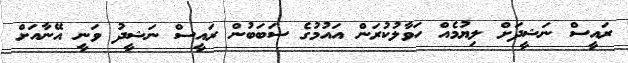
ރައީސް ނަޝީދަށް ލިޔުމެއް ހަވާލުކުރަން އައުމުގެ ސަބަބުން ރައީސް ނަޝީދު ވަނީ އޭނާއަށް